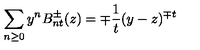
\sum _ { n \geq 0 } y ^ { n } B _ { n t } ^ { \pm } ( z ) = \mp { \frac { 1 } { t } } ( y - z ) ^ { \mp t }